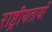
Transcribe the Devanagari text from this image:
राष्ट्रीयतायों